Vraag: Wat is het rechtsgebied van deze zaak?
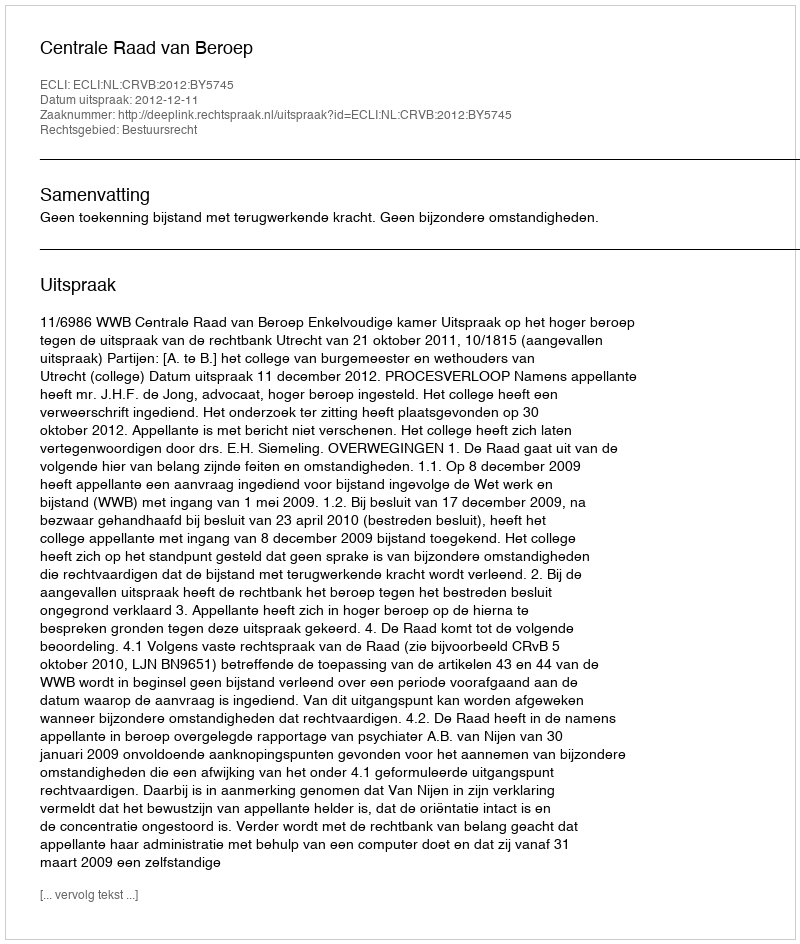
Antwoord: Bestuursrecht